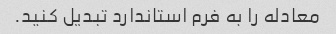
معادله را به فرم استاندارد تبدیل کنید.